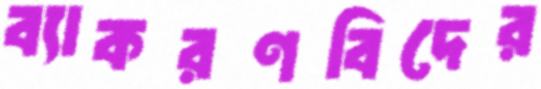
ব্যাকরণবিদের